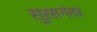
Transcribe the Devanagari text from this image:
सुसानंतर